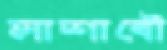
লাশাবৌ